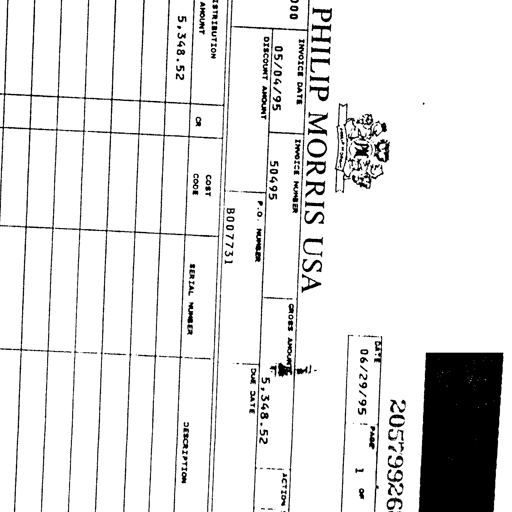
205799269
DATE PAGE
06/29/95 1 OF
PHILIP MORRIS USA
INVOICE DATE INVOICE NUMBER GROSS AMOUNT ACTION
05/04/95 50495 5,348.52
DISCOUNT AMOUNT P.O. NUMBER DUE DATE
B007731
STRIBUTION
AMOUNT CR COST CODE SERIAL NUMBER DESCRIPTION
5,348.52